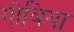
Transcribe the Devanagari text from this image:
गोबिया